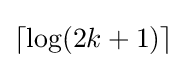
\lceil \log(2k+1)\rceil